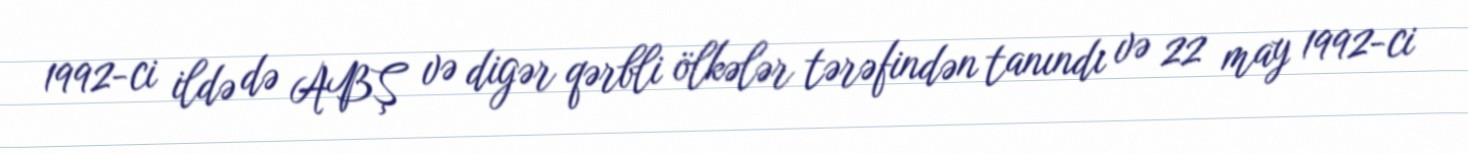
1992-ci ildə də ABŞ və digər qərbli ölkələr tərəfindən tanındı və 22 may 1992-ci